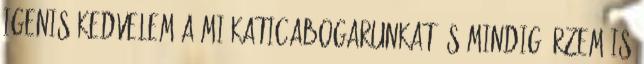
igenis kedvelem a mi Katicabogarunkat, s mindig érzem is